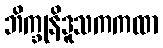
ဘိက္ခုနိဒူသကကထာ